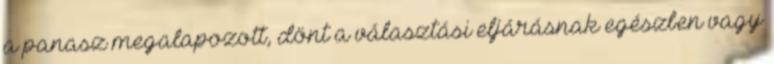
a panasz megalapozott, dönt a választási eljárásnak egészben vagy